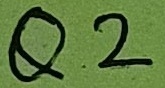
Text: Q2